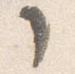
了